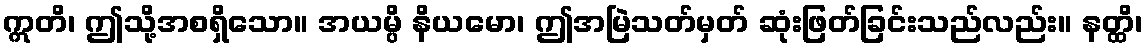
ဣတိ၊ ဤသို့အစရှိသော။ အယမ္ပိ နိယမော၊ ဤအမြဲသတ်မှတ် ဆုံးဖြတ်ခြင်းသည်လည်း။ နတ္ထိ၊